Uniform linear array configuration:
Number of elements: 24
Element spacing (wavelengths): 1
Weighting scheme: kaiser
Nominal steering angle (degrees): -30
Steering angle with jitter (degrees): -30.208
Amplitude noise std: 0.05
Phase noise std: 0.05

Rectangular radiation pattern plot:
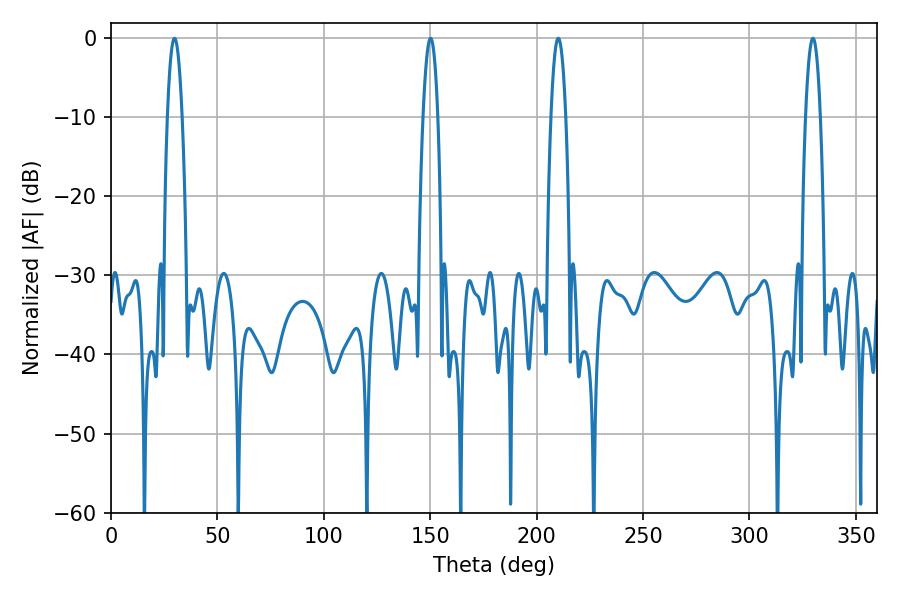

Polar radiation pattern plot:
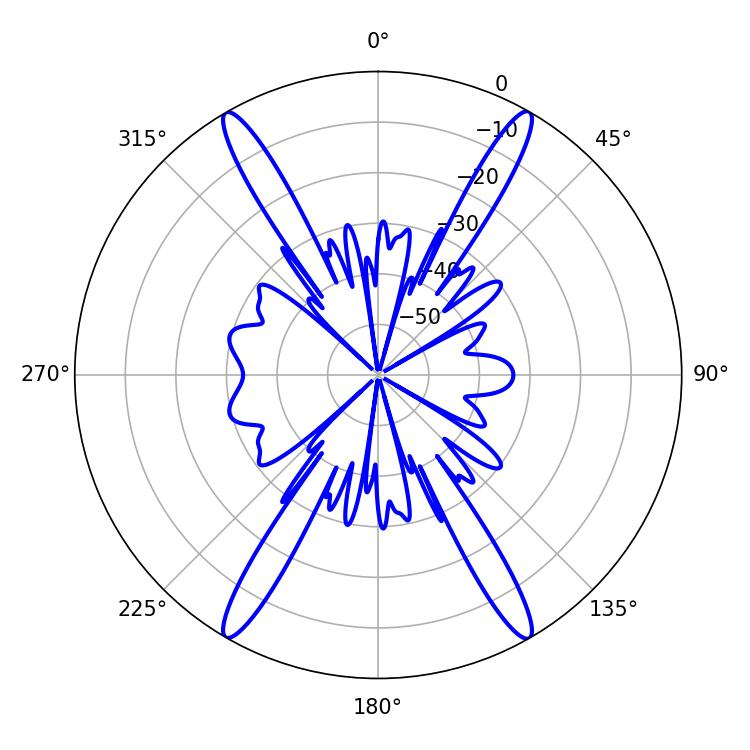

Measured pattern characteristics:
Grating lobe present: TRUE
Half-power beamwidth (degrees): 3.78
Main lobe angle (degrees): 29.88